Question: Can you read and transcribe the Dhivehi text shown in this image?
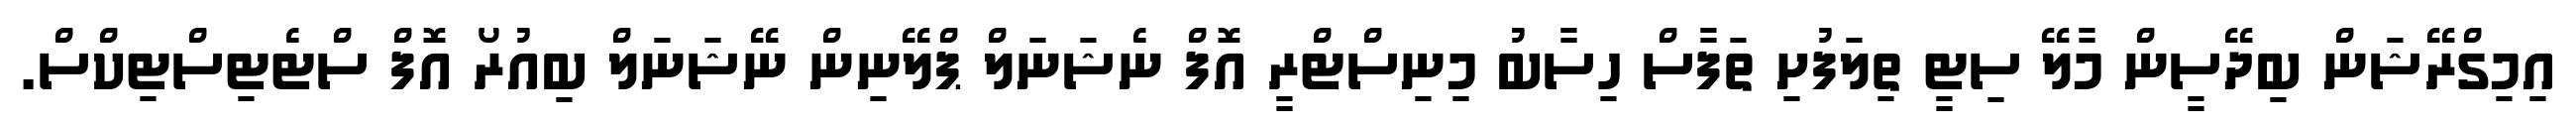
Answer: އިމިގްރޭޝަން ބިދޭސީން މާލޭ ސިޓީ ތިލަފުށި ތަފާސް ހިސާބު މިނިސްޓްރީ އޮފް ނެޝަނަލް ޕްލޭނިން ނޭޝަނަލް ބިއުރޯ އޮފް ސްޓެޓިސްޓިކްސް.